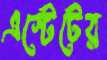
এস্টেটের